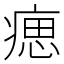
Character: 𤸛